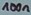
Text: 100n